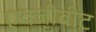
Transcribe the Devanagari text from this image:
एक्जीबीट